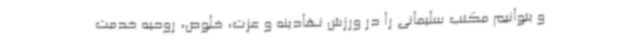
و بتوانیم مکتب سلیمانی را در ورزش نهادینه و عزت، خلوص، روحیه خدمت